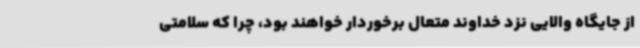
از جایگاه والایی نزد خداوند متعال برخوردار خواهند بود، چرا که سلامتی